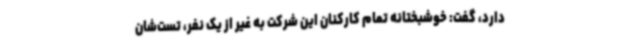
دارد، گفت: خوشبختانه تمام کارکنان این شرکت به غیر از یک نفر، تست‌شان